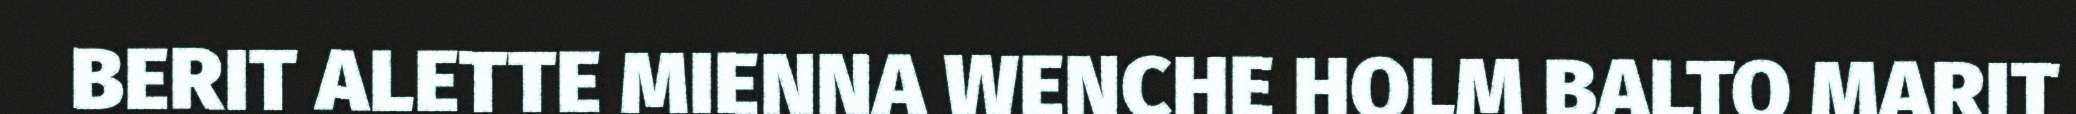
BERIT ALETTE MIENNA WENCHE HOLM BALTO MARIT